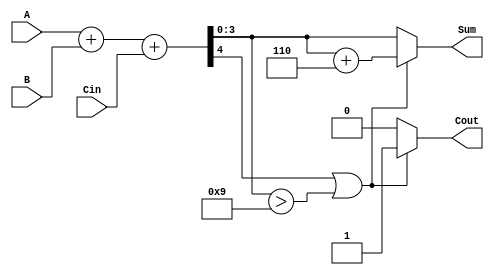
module BCD_Asynchronous_Adder (
    input [3:0] A,      // First BCD digit input
    input [3:0] B,      // Second BCD digit input
    input Cin,          // Carry input
    output reg [3:0] Sum, // BCD result of the addition
    output reg Cout      // Carry output
);

    wire [4:0] S; // 5-bit sum to hold A + B + Cin
    wire [3:0] corrected_sum; // Sum after correction
    wire correction_needed; // Flag to indicate if correction is needed

    // Step 1: Perform binary addition
    assign S = A + B + Cin;

    // Step 2: Check if correction is needed
    assign correction_needed = (S[4] || S[3:0] > 4'b1001); // Check if S[3:0] > 9

    // Step 3: Apply correction if needed
    always @(*) begin
        if (correction_needed) begin
            corrected_sum = S[3:0] + 4'b0110; // Add 6 to the sum
            Cout = 1; // Set carry out
        end else begin
            corrected_sum = S[3:0]; // No correction needed
            Cout = 0; // Clear carry out
        end
        Sum = corrected_sum; // Assign the corrected sum to output
    end

endmodule